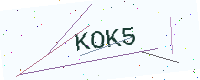
Text: KOK5